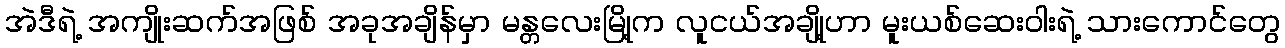
အဲဒီရဲ့ အကျိုးဆက်အဖြစ် အခုအချိန်မှာ မန္တလေးမြို့က လူငယ်အချို့ဟာ မူးယစ်ဆေးဝါးရဲ့ သားကောင်တွေ